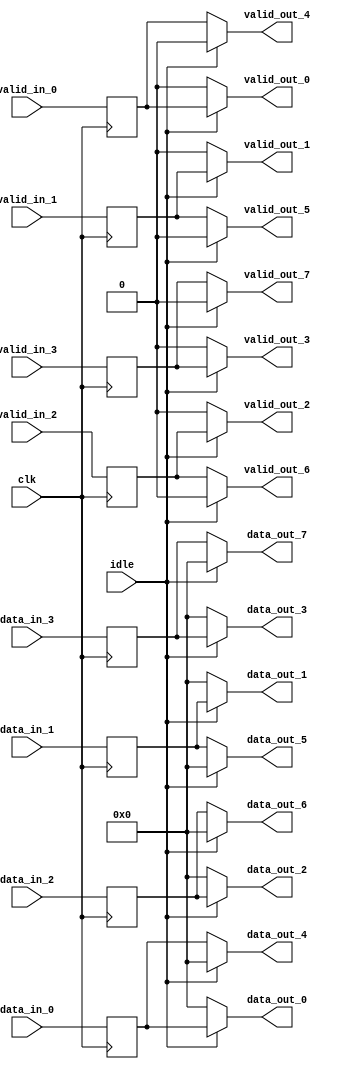
module  recirculador (
    input idle,
    input clk,  
    // Desde probador o lgica superior
    input [7:0] data_in_0,
    input [7:0] data_in_1,
    input [7:0] data_in_2,
    input [7:0] data_in_3,
    // Valids de entrada correspondientes 
    input valid_in_0,
    input valid_in_1,
    input valid_in_2,
    input valid_in_3,
    // Hacia lgica
    output reg [7:0] data_out_0,
    output reg [7:0] data_out_1,
    output reg [7:0] data_out_2,
    output reg [7:0] data_out_3,
    // Hacia recirculacin
    output reg [7:0] data_out_4,
    output reg [7:0] data_out_5,
    output reg [7:0] data_out_6,
    output reg [7:0] data_out_7,
    // Valids de salida correspondientes
    output reg valid_out_0,
    output reg valid_out_1,
    output reg valid_out_2,
    output reg valid_out_3,
    output reg valid_out_4,
    output reg valid_out_5,
    output reg valid_out_6,
    output reg valid_out_7
);

    // Wires y regs internos
    // Desde los flops
    reg [7:0] data_ff_0, data_ff_1, data_ff_2, data_ff_3;
    // Valids de salida correspondientes
    reg valid_ff_0, valid_ff_1, valid_ff_2, valid_ff_3;
    
    // Etapa de flops de entrada
    always @(posedge clk) begin
        data_ff_0 <= data_in_0; 
        data_ff_1 <= data_in_1; 
        data_ff_2 <= data_in_2; 
        data_ff_3 <= data_in_3; 
        valid_ff_0 <= valid_in_0; 
        valid_ff_1 <= valid_in_1; 
        valid_ff_2 <= valid_in_2; 
        valid_ff_3 <= valid_in_3;
    end

    // Etapa de demux
    always @(*) begin
         // Valores iniciales
        // Hacia lgica
        data_out_0 = 8'h0;
        data_out_1 = 8'h0;
        data_out_2 = 8'h0;
        data_out_3 = 8'h0;
        // Hacia recirculacin
        data_out_4 = 8'h0;
        data_out_5 = 8'h0;
        data_out_6 = 8'h0;
        data_out_7 = 8'h0;
        // Valids de salida correspondientes

        valid_out_0 = 1'b0;
        valid_out_1 = 1'b0;
        valid_out_2 = 1'b0;
        valid_out_3 = 1'b0;
        valid_out_4 = 1'b0;
        valid_out_5 = 1'b0;
        valid_out_6 = 1'b0;
        valid_out_7 = 1'b0;

        if(idle) begin // idle = IDLE
            // Enviar hacia abajo en la lgica
            data_out_0 <= data_ff_0;
            data_out_1 <= data_ff_1;
            data_out_2 <= data_ff_2;
            data_out_3 <= data_ff_3;

            valid_out_0 <= valid_ff_0;
            valid_out_1 <= valid_ff_1;
            valid_out_2 <= valid_ff_2;
            valid_out_3 <= valid_ff_3;
        end
        else begin 
            // Enviar a recirculacin
            data_out_4 <= data_ff_0;
            data_out_5 <= data_ff_1;
            data_out_6 <= data_ff_2;
            data_out_7 <= data_ff_3;

            valid_out_4 <= valid_ff_0;
            valid_out_5 <= valid_ff_1;
            valid_out_6 <= valid_ff_2;
            valid_out_7 <= valid_ff_3;
        end
    end
endmodule